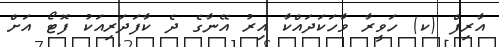
އާރިފް (ކ) ހަވީރާ ވާހަކަދައްކާ އިރު އޭނާގެ ދެ ކާފަދަރިއަކު ފޮޓޯ އަށް